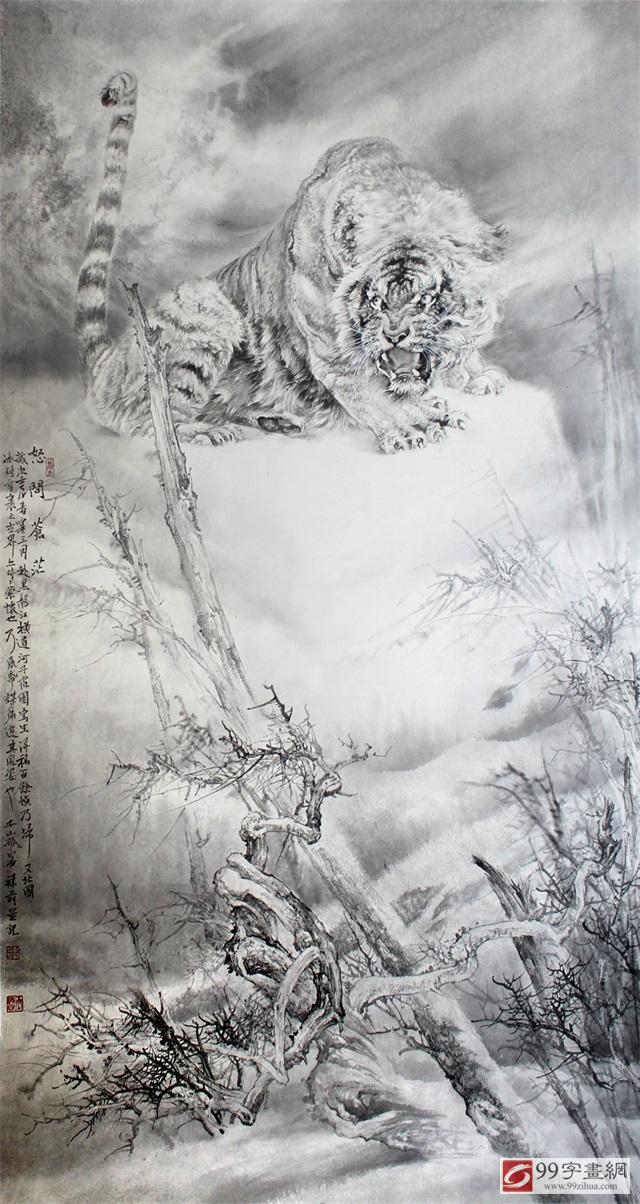
儒者在本朝则美政，在下位则美俗。